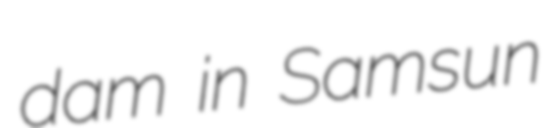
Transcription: dam in Samsun